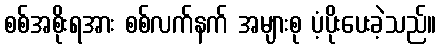
စစ်အစိုးရအား စစ်လက်နက် အများစု ပံ့ပိုးပေးခဲ့သည်။